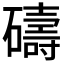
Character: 𥖲